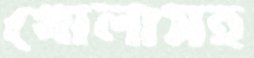
খোলাসহ